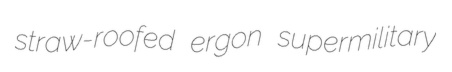
straw-roofed ergon supermilitary